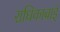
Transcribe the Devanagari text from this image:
राधिकाबाई